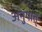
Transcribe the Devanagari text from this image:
अनुपात्